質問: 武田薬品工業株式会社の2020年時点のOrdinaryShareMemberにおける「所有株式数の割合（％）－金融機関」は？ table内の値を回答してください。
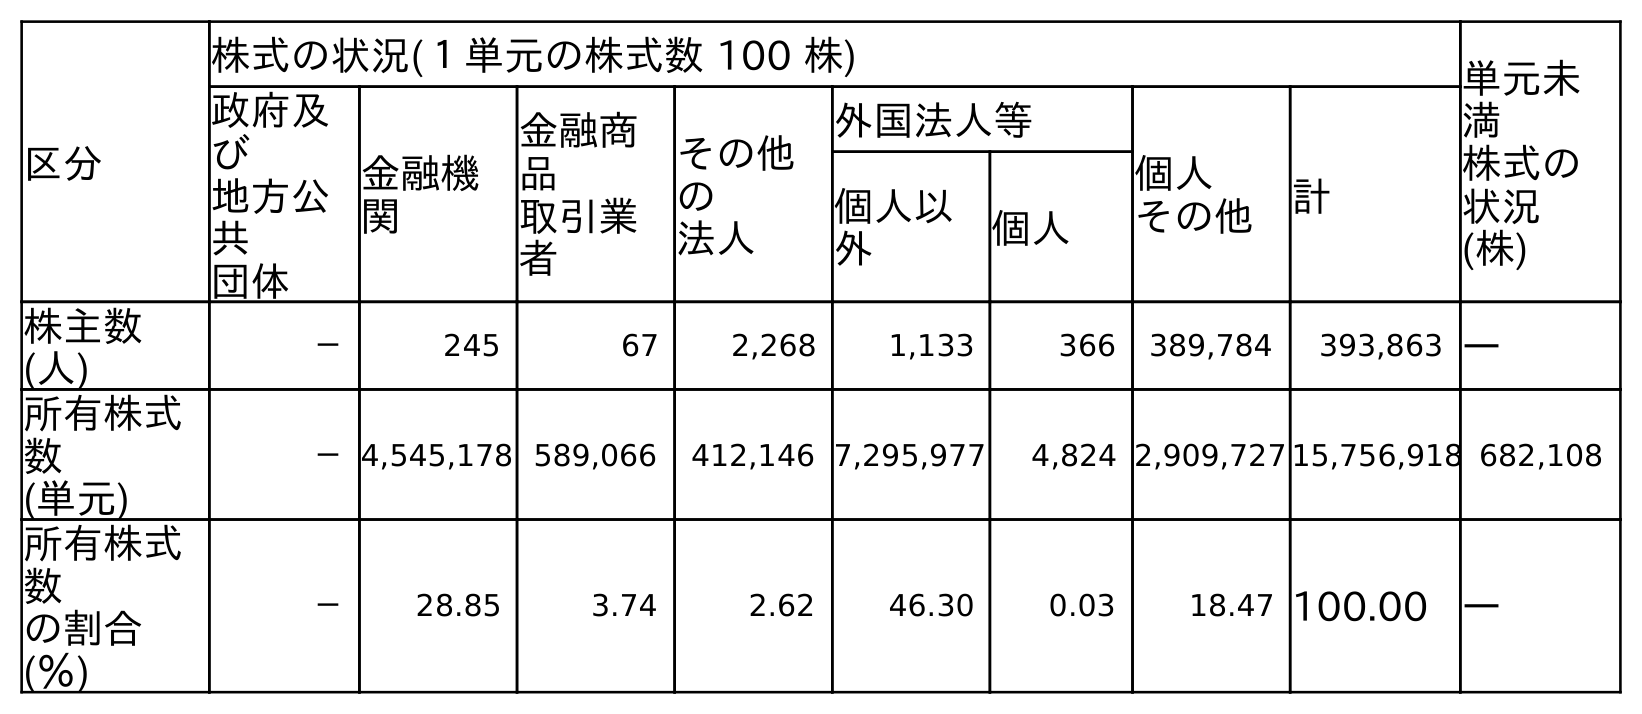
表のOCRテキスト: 区分 株式の状況(１単元の株式数 100 株) 単元未 満 株式の 状況 (株) 政府及 び 地方公 共 団体 金融機 関 金融商 品 取引業 者 その他 の 法人 外国法人等 個人 その他 計 個人以 外 個人 株主数 (人) － 245 67 2,268 1,133 366 389,784 393,863 ― 所有株式 数 (単元) －4,545,178 589,066 412,146 7,295,977 4,824 2,909,727 15,756,918 682,108 所有株式 数 の割合 (％) － 28.85 3.74 2.62 46.30 0.03 18.47 100.00 ―
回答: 28.85